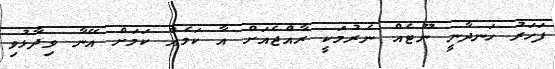
ފަހަރު ހަނދާނީ ނޫޓެއް ނެރުމަކީ ރާއްޖެއަށް އާ ކަމެއް ކަމަށް އޭނާ ވިދާޅުވި